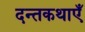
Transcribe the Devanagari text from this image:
दन्तकथाएँ